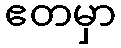
ဧတမှာ